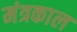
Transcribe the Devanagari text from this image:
मंत्रकाल